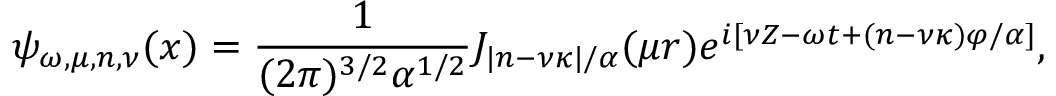
\psi _ { \omega , \mu , n , \nu } ( x ) = \frac { 1 } { ( 2 \pi ) ^ { 3 / 2 } \alpha ^ { 1 / 2 } } J _ { | n - \nu \kappa | / \alpha } ( \mu r ) e ^ { i [ \nu Z - \omega t + ( n - \nu \kappa ) \varphi / \alpha ] } ,